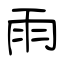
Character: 雨